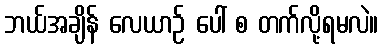
ဘယ်အချိန် လေယာဉ် ပေါ် စ တက်လို့ရမလဲ။